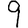
Digit: 9